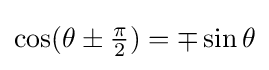
\cos(\theta \pm {\tfrac {\pi }{2}})=\mp \sin \theta